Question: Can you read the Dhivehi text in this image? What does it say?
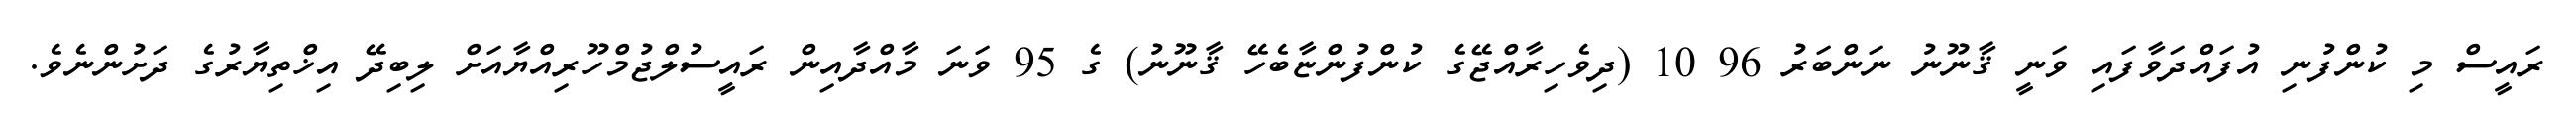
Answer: ރައީސް މި ކުންފުނި އުފައްދަވާފައި ވަނީ ޤާނޫނު ނަންބަރު 96 10 (ދިވެހިރާއްޖޭގެ ކުންފުންޏާބެހޭ ޤާނޫނު) ގެ 95 ވަނަ މާއްދާއިން ރައީސުލްޖުމްހޫރިއްޔާއަށް ލިބިދޭ އިޚްތިޔާރުގެ ދަށުންނެވެ.